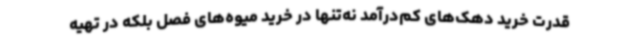
قدرت خرید دهک‌های کم‌درآمد نه‌تنها در خرید میوه‌های فصل بلکه در تهیه